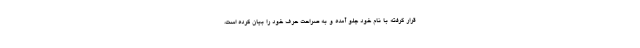
قرار گرفته با نام خود جلو آمده و به صراحت حرف خود را بیان کرده است،